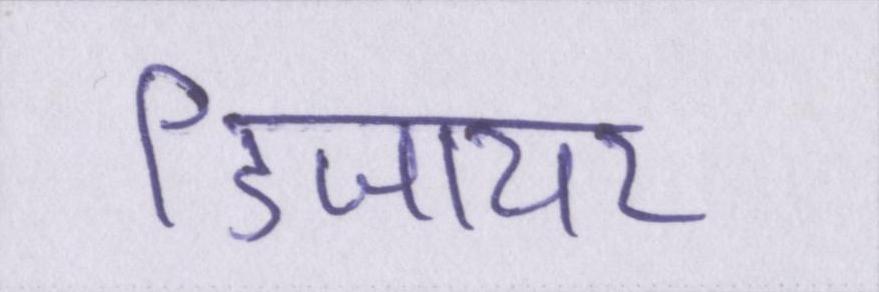
डिजायर